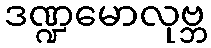
ဒဏ္ဍမောလုဗ္ဘ